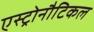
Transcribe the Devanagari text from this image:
एस्ट्रोनौटिकल